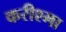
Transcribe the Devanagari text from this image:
करीश्मा